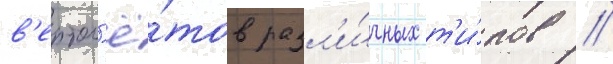
в'ертол'ё́тов разл'и́чных т'и́пов //